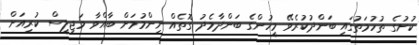
ކުށުގެ ތުހުމަތުގައި ބަންދުކުރެވޭ މީހުންގެ ބަންދާމެދު ގޮތެއް ނިންމުމަށް ބާއްވާ މަޖިލީސް ކުރިއަށް